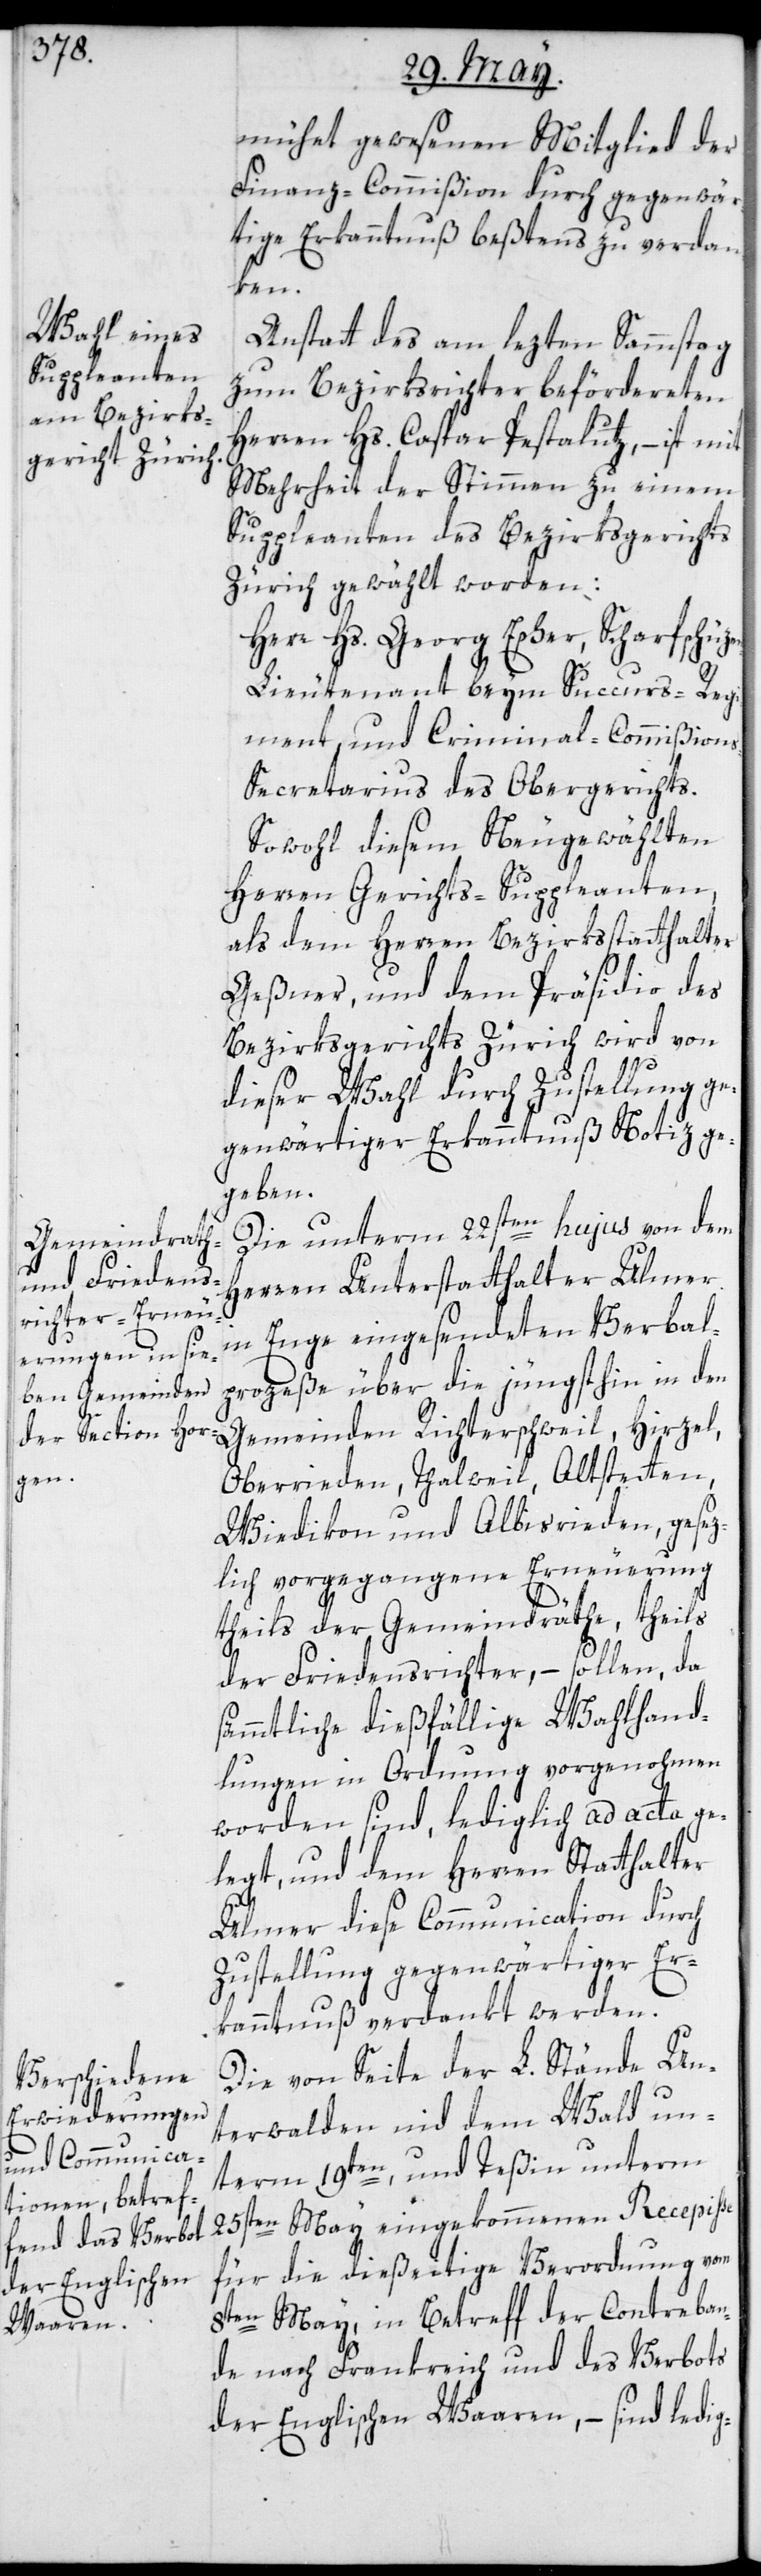
mühet gewesenen Mitglied der
Finanz-Commißion durch gegenwär¬
tige Erkanntnuß beßtens zu verdan¬
ken.
Anstatt des am lezten Sammstag
zum Bezirksrichter befördereten
Herren Hs. Caspar Pestaluz, – ist mit
Mehrheit der Stimmen zu einem
Suppleanten des Bezirksgerichts
Zürich gewählt worden:
Herr Hs. Georg Escher, Scharfschüze¬
n-Lieutenant beym Succurs-Regi¬
ment und Criminal-Commißion¬
s-Secretarius des Obergerichts.
Sowohl diesem Neugewählten
Herren Gerichts-Suppleanten,
als dem Herren Bezirksstatthalter
Geßner, und dem Präsidio des
Bezirksgerichts Zürich wird von
dieser Wahl durch Zustellung ge¬
genwärtiger Erkanntnuß Notiz ge¬
geben.
Die unterm 22sten hujus von dem
Herren Unterstatthalter Ulmer
in Enge eingesendeten Verbal¬
prozeße über die jüngsthin in den
Gemeinden Richterschweil, Hirzel,
Oberrieden, Thalweil, Altstetten,
Wiedikon und Albisrieden, gesez¬
lich vorgegangene Erneuerung
theils der Gemeindräthe, theils
der Friedensrichter, – sollen, da
sämmtliche dießfällige Wahlhand¬
lungen in Ordnung vorgenohmen
worden sind, lediglich ad acta ge¬
legt, und dem Herren Statthalter
Ulmer diese Communication durch
Zustellung gegenwärtiger Er¬
kanntnuß verdankt werden.
Die von Seite der L. Stände Un¬
terwalden nid dem Wald un¬
term 19ten, und Teßin unterm
25sten May eingekommenen Recepiße
für die dießeitige Verordnung vom
8ten May, in Betreff der Contreban¬
de nach Frankreich und des Verbots
der Englischen Waaren, – sind ledig-